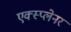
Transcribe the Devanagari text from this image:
एक्स्प्लेनर